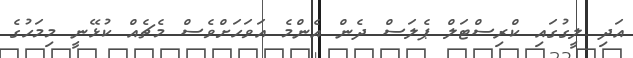
އަދި ލީގުގައި ކްރިސްޓަލް ޕެލަސް ދެން އެންމެ އަވަހަށްވެސް މެޗެއް ކުޅޭނީ މިމަހުގެ